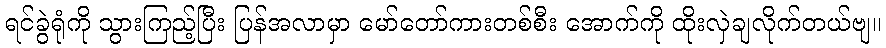
ရင်ခွဲရုံကို သွားကြည့်ပြီး ပြန်အလာမှာ မော်တော်ကားတစ်စီး အောက်ကို ထိုးလှဲချလိုက်တယ်ဗျ။